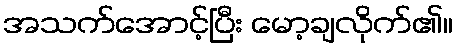
အသက်အောင့်ပြီး မော့ချလိုက်၏။